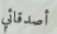
أصدقائي